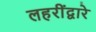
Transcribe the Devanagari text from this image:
लहरींद्वारे